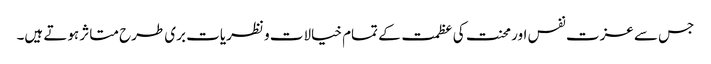
جس سے عزت نفس اور محنت کی عظمت کے تمام خیالات و نظریات بری طرح متاثر ہوتے ہیں۔